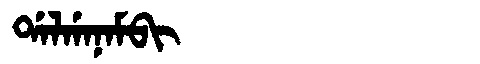
Manchu: ᡩᠠᠯᡤᠠᠨᠠᠮᠪᡳ
Romanization: DALGANAMBI